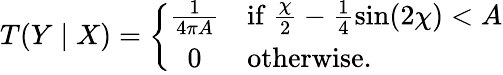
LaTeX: T(Y\mid X)=\left\{ \begin{array}{cl}{{\frac{1}{4\pi A}}}&{{\mathrm{if}~\frac{\chi}{2}-\frac{1}{4}\sin(2\chi)<A}}\\ {{0}}&{{\mathrm{otherwise.}}}\end{array}\right.